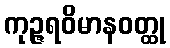
ကုဉ္ဇရဝိမာနဝတ္ထု